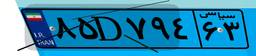
۸۵D۷۹۴۶۳